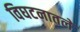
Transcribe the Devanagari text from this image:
विघटनातले